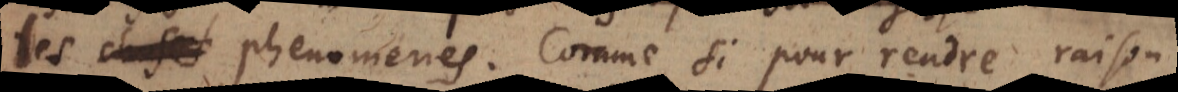
les phenomenes. Comme si pour rendre raison